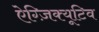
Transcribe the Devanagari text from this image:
ऐग्ज़िक्यूटिव